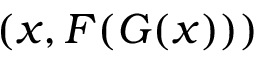
( x , F ( G ( x ) ) )